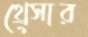
থ্রেসার